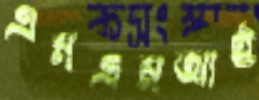
এমএমআই